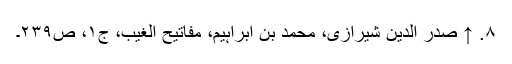
۸. ↑ صدر الدین شیرازی، محمد بن ابراہیم‌، مفاتیح الغیب، ج‌۱، ص‌۲۳۹۔